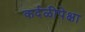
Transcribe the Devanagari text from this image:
कर्दळीपेक्षा